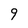
Character: 9